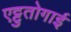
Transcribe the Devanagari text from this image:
एट्टुतोगाई